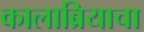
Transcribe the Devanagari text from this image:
कालाब्रियाचा